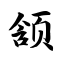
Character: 颔